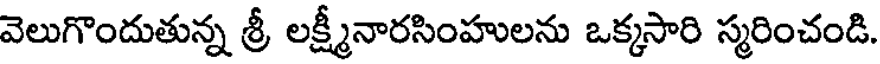
వెలుగొందుతున్న శ్రీ లక్ష్మీనారసింహులను ఒక్కసారి స్మరించండి.